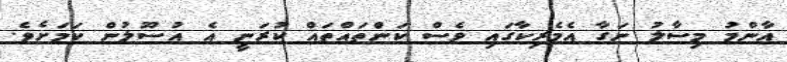
އާންމު މިސާލު ނަގާ އެމެރިކާގައި ވެސް ކަންތައްތައް ކުރަނީ އެ އުސޫލުން ކަމަށެވެ.